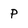
Character: p